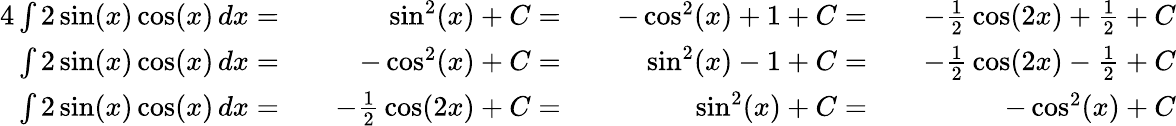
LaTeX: {\begin{array}{rlrlrlr}{{4}\int 2\sin(x)\cos(x)\, dx=}&{}&{\sin^{2}(x)+C=}&{}&{-\cos^{2}(x)+1+C=}&{}&{-{\frac{1}{2}}\cos(2x)+{\frac{1}{2}}+C}\\ {\int 2\sin(x)\cos(x)\, dx=}&{}&{-\cos^{2}(x)+C=}&{}&{\sin^{2}(x)-1+C=}&{}&{-{\frac{1}{2}}\cos(2x)-{\frac{1}{2}}+C}\\ {\int 2\sin(x)\cos(x)\, dx=}&{}&{-{\frac{1}{2}}\cos(2x)+C=}&{}&{\sin^{2}(x)+C=}&{}&{-\cos^{2}(x)+C}\end{array}}